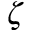
\zeta